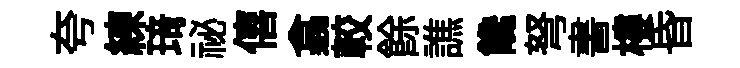
夸練𤦺祕僖翕較餘譙饞弩書樓昏